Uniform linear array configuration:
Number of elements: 12
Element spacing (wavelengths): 0.5
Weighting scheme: kaiser
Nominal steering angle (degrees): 15
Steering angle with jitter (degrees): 15.598
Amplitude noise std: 0.05
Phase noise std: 0.05

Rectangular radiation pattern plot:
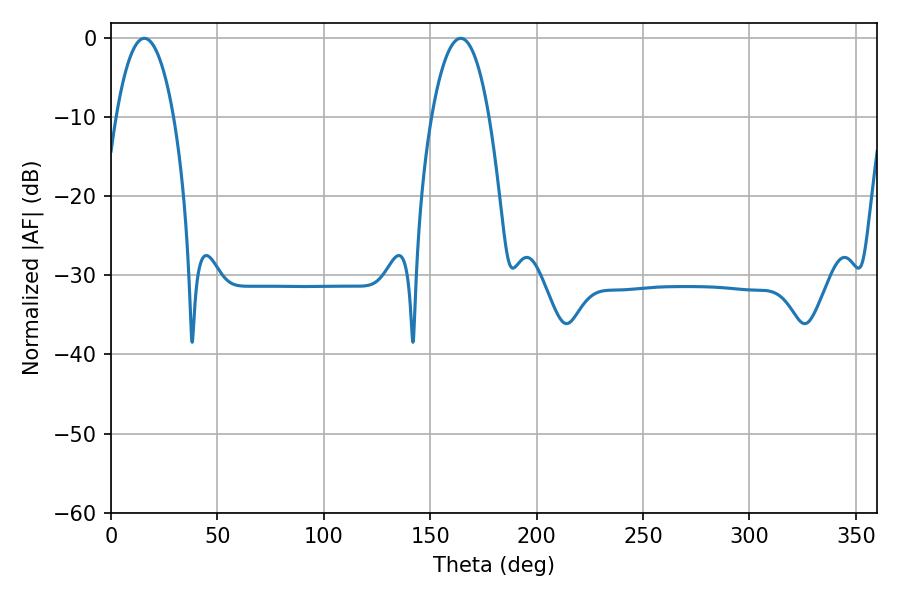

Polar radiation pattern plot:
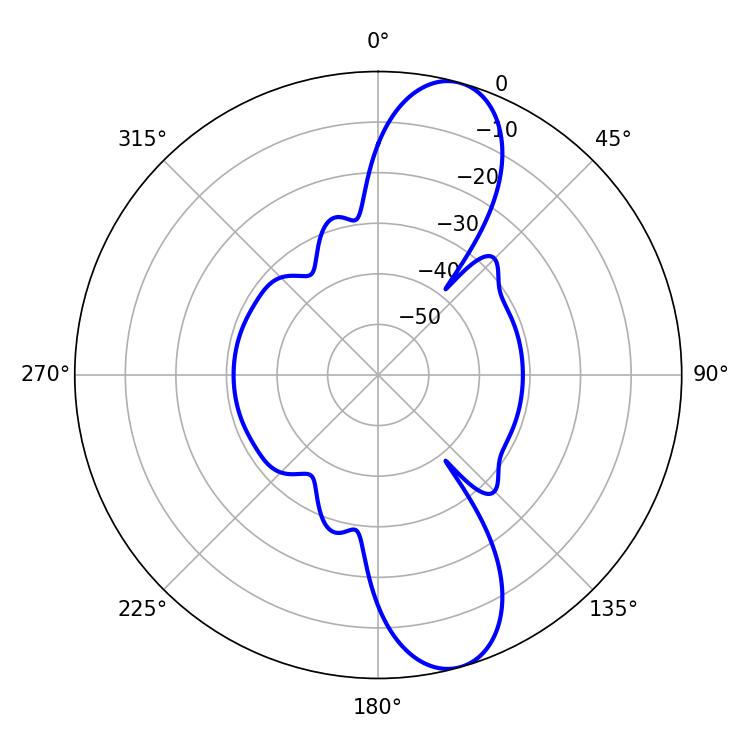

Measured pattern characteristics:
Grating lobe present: FALSE
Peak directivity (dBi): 11.222
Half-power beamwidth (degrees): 14.94
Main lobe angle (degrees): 15.66